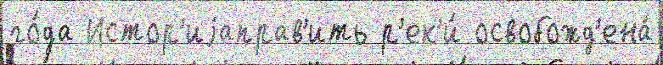
го́да Истор'иjаправ'ить р'ек'и́ освобожд'ена́